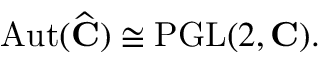
\operatorname { A u t } ( { \widehat { \mathbf { C } } } ) \cong \operatorname { P G L } ( 2 , \mathbf { C } ) .